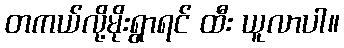
တကယ်လို့မိုးရွာရင် ထီး ယူလာပါ။